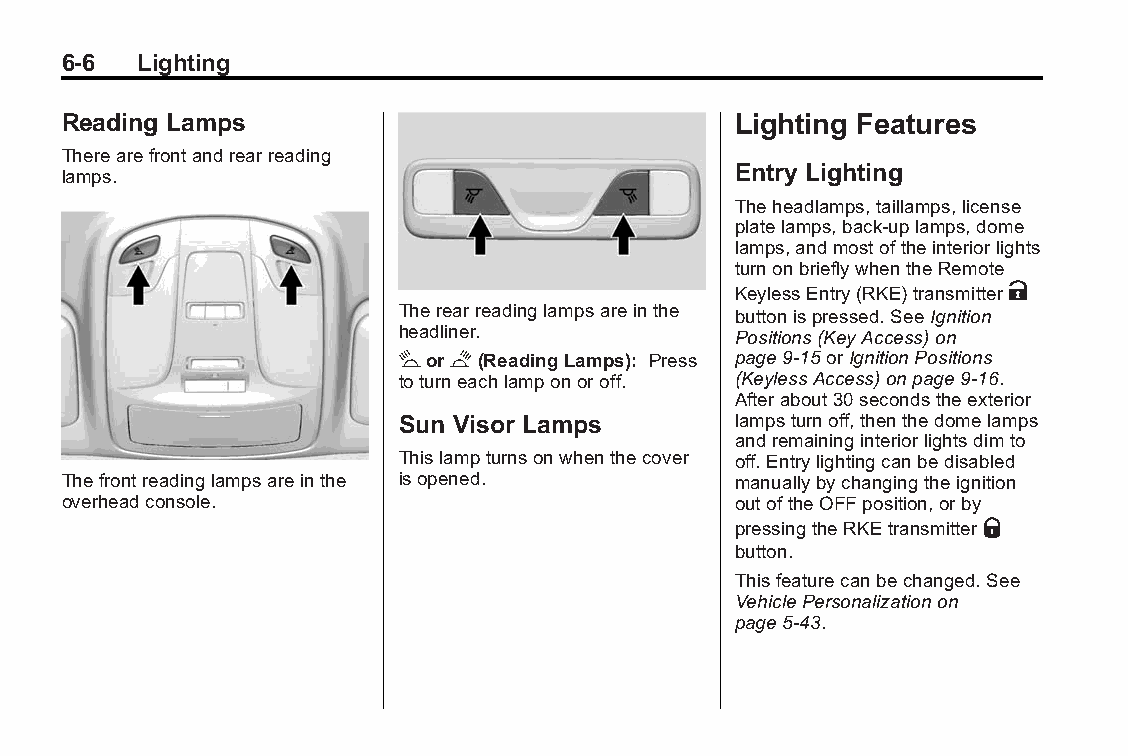
Buick LaCrosse Owner Manual (GMNA-Localizing-U.S./Canada/Mexico- Blackplate(6,1)
 6043609)-2014-2ndEdition-10/17/13
 6-6  Lighting
 Reading Lamps                               Lighting Features
 Therearefrontandrearreading
 Entry Lighting
 lamps.
 Theheadlamps,taillamps,license
 platelamps,back-uplamps,dome
 lamps,andmostoftheinteriorlights
 turnonbrieflywhentheRemote
 KeylessEntry(RKE)transmitterK
 Therearreadinglampsareinthe buttonispressed.SeeIgnition
 headliner.            Positions(KeyAccess)on
 #or$(ReadingLamps): Press page9-15orIgnitionPositions
 toturneachlamponoroff. (KeylessAccess)onpage9-16.
 Afterabout30secondstheexterior
 Sun Visor Lamps       lampsturnoff,thenthedomelamps
 andremaininginteriorlightsdimto
 Thislampturnsonwhenthecover off.Entrylightingcanbedisabled
 Thefrontreadinglampsareinthe isopened.      manuallybychangingtheignition
 overheadconsole.                            outoftheOFFposition,orby
 pressingtheRKEtransmitterQ
 button.
 Thisfeaturecanbechanged.See
 VehiclePersonalizationon
 page5-43.